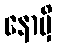
နောမှိ